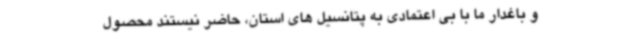
و باغدار ما با بی اعتمادی به پتانسیل های استان، حاضر نیستند محصول